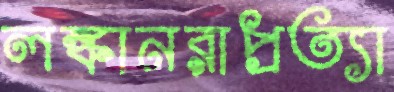
লঙ্কানরাপ্রত্যা